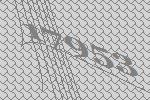
17953